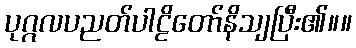
ပုဂ္ဂလပညတ်ပါဠိတော်နိသျပြီး၏။။